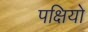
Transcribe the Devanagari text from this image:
पक्षियो